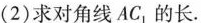
(2)求对角线AC_{1}的长.